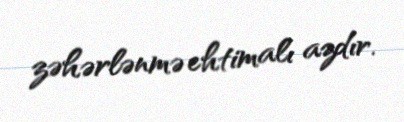
zəhərlənmə ehtimalı azdır.